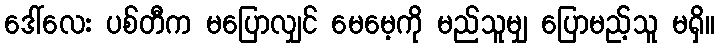
ဒေါ်လေး ပစ်တီက မပြောလျှင် မေမေ့ကို မည်သူမျှ ပြောမည့်သူ မရှိ။